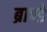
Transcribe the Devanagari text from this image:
ब्राण्डे